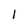
Character: 1